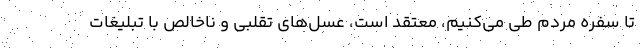
تا سفره مردم طی می‌کنیم، معتقد است، عسل‌های تقلبی و ناخالص با تبلیغات